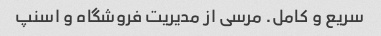
سریع و کامل. مرسی از مدیریت فروشگاه و اسنپ